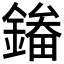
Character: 𮢲